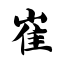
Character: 崔